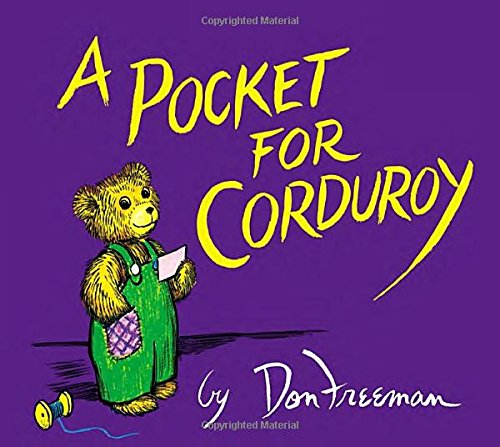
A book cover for A Pocket for Corduroy; Don Freeman; Children's Books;